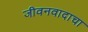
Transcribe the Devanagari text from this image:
जीवनवादाचा